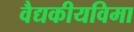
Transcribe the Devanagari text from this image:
वैद्यकीयविमा